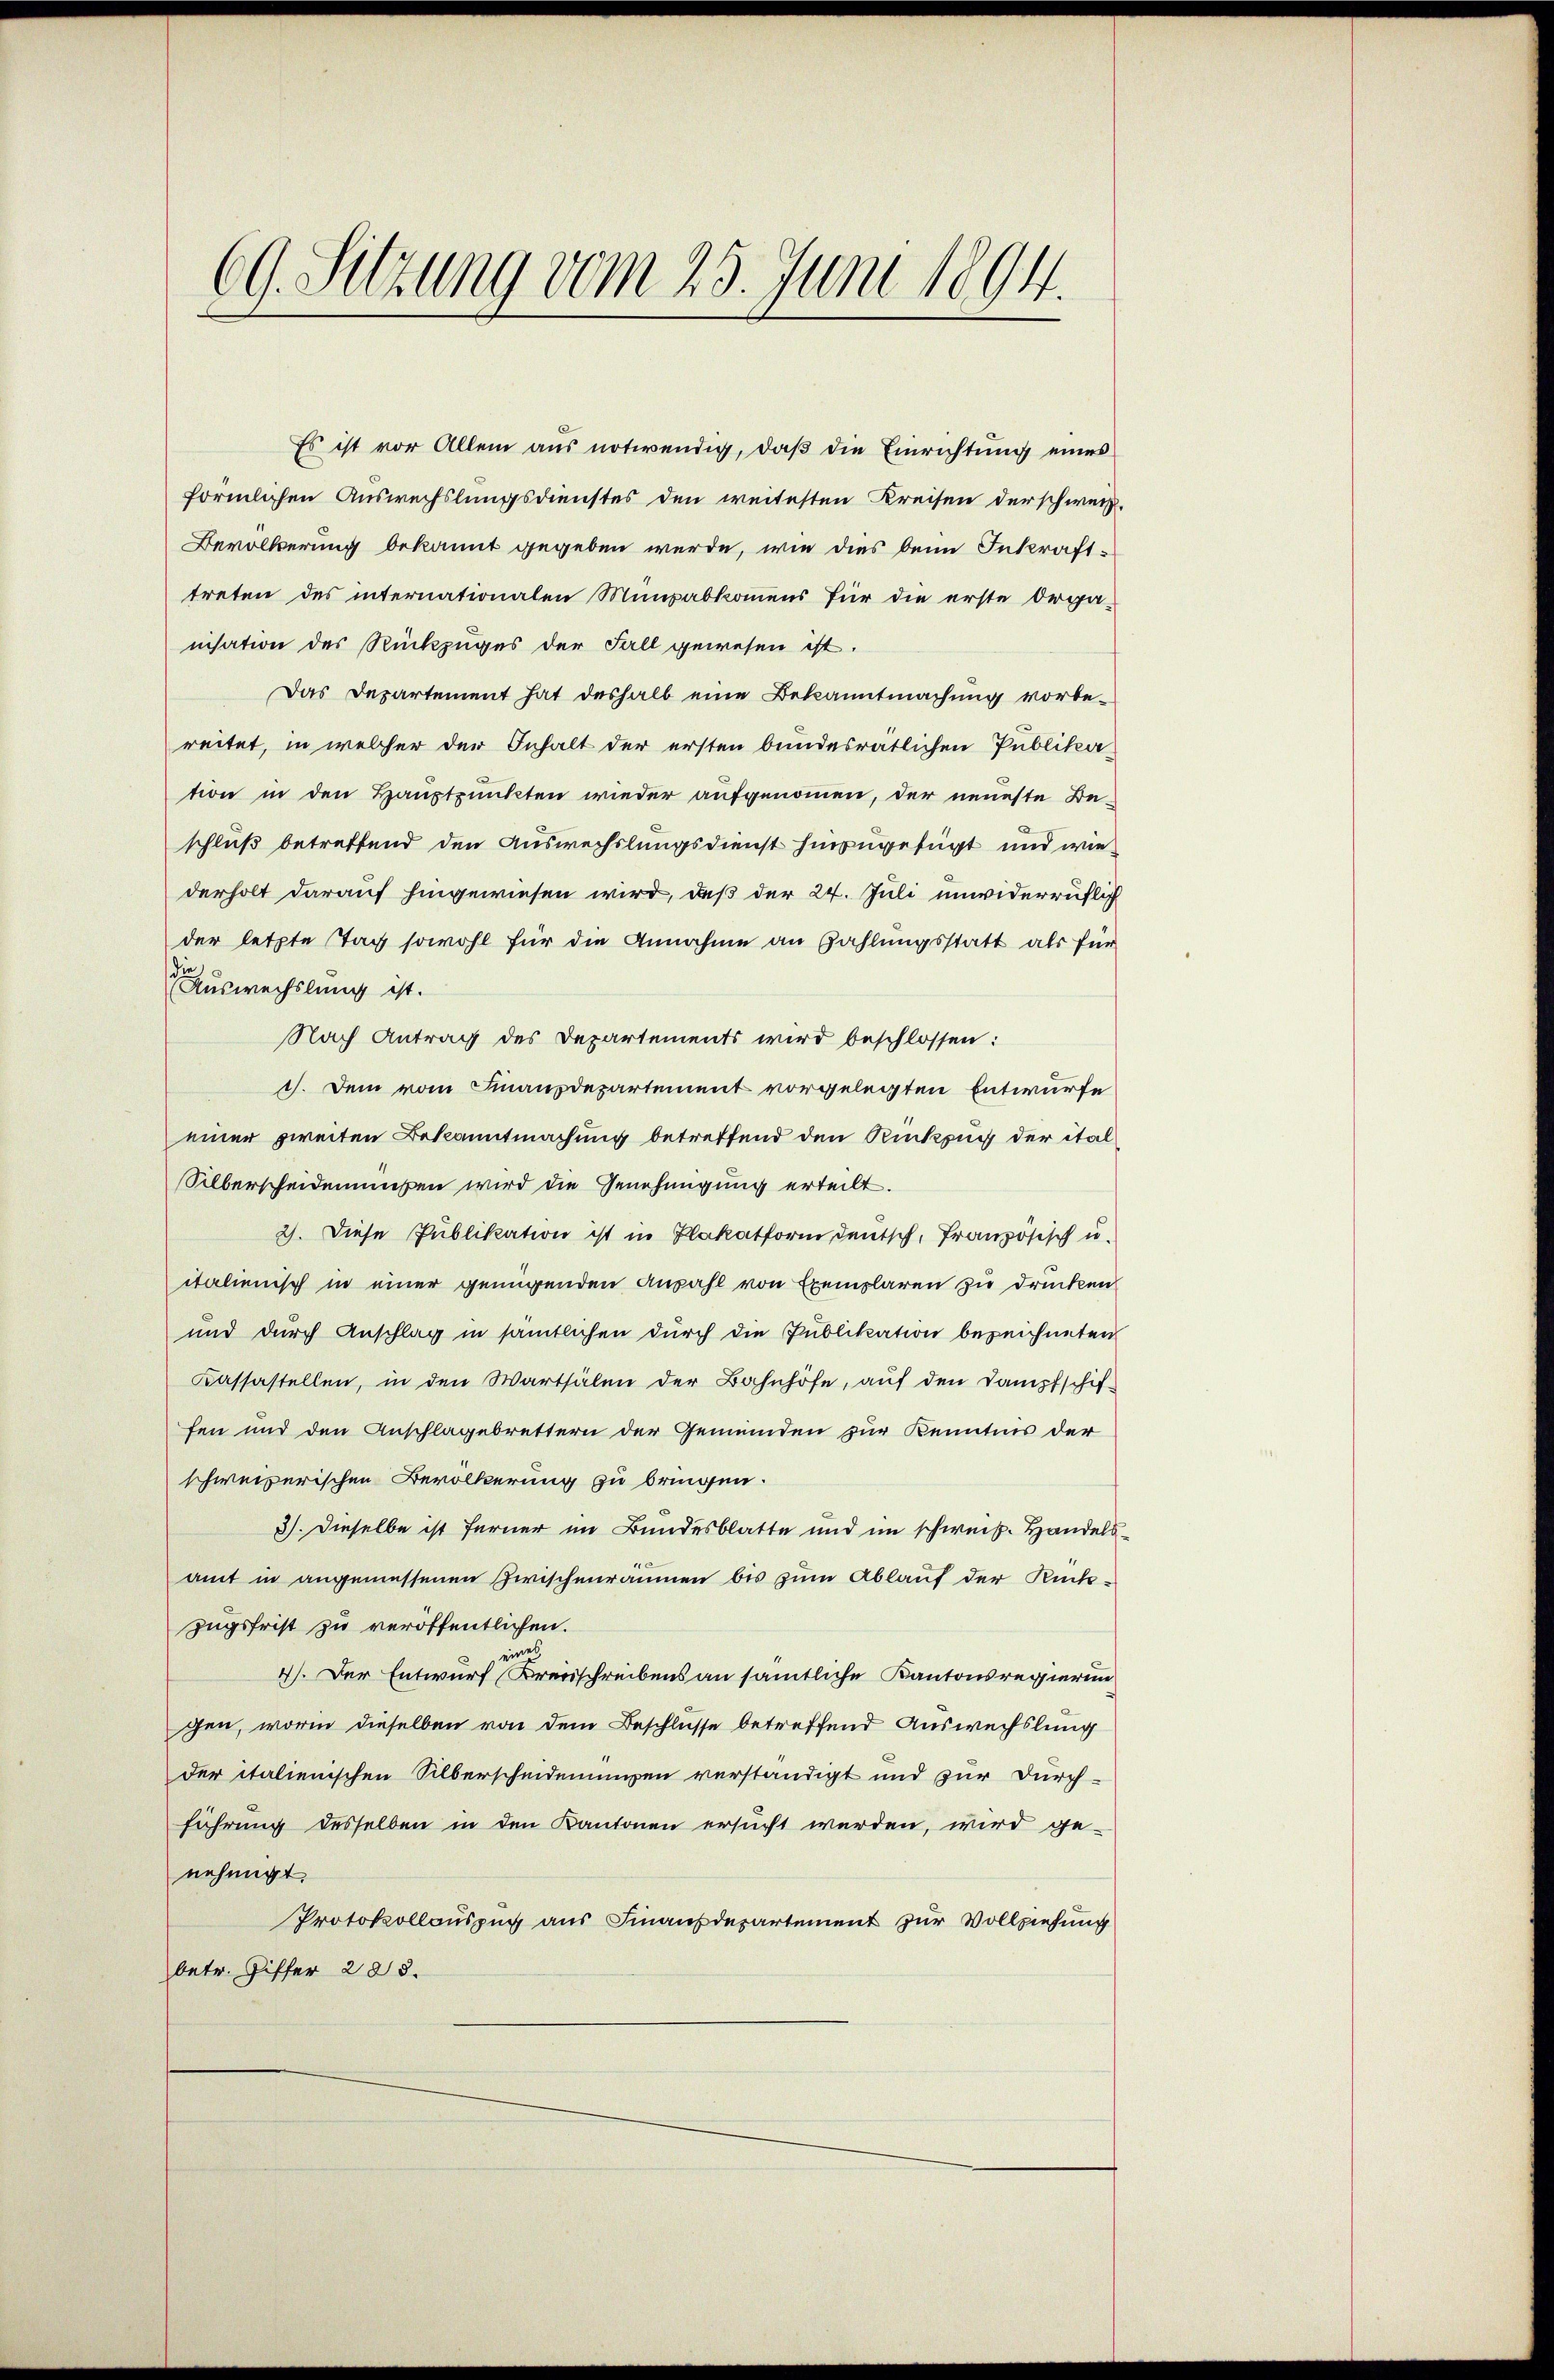
69. Sitzung vom 25. Juni 1894.

Es ist vor Allem aus notwendig, daß die Einrichtung eines
förmlichen Auswechslungsdienstes den weitesten Kreisen der schweiz.
Bevölkerung bekannt gegeben werde, wie dies beim Inkrafttreten des internationalen Mumpabkommens für die erste Orga-
nisation des Rückzuges der Fall gewesen ist.
Das Departement hat deshalb eine Bekanntmachung vorbe-
reitet, in welcher der Inhalt der ersten bundesrätlichen Publika-
tion in den Hauptpunkten wieder aufgenommen, der neueste Beschluß betreffend den Auswechslungsdienst hinzugefügt und wiederholt darauf hingewiesen wird, daß der 24. Juli unwiderruflich
der letzte Tag sowohl für die Annahme an Zahlungsstatt als für
d
Auswechslung ist.
Nach Antrag des Departements wird beschlossen:
1). Dem vom Finanzdepartement vorgelegten Entwurfe
einer zweiten Bekanntmachung betreffend den Rükzug der ital
Silberscheidenmußen wird die Genehmigung erteilt.
2). Diese Publikation ist in Plakatform deutsch, französisch u.
italienisch in einer genügenden Anzahl von Exemplaren zu drücken
und durch Anschlag in sämtlichen durch die Publikation bezeichneten
Kassastellen, in den Wartsälen der Bahnhöfe, auf den Dampfschiffen und den Anschlagebrettern der Gemeinden zur Kenntnis der
schweizerischen Bevölkerung zu bringen.
3). Dieselbe ist ferner im Bundesblatte und im schweiz. Handelsamt in angemessenen Zwischenräumen bis zum Ablauf der Rück-
zugsfrist zu veröffentlichen.
4). Der Entwurf Kreisschreibens an sämtliche Kantonsregierun
gen, worin dieselben von dem Beschlüsse betreffend Auswechslung
der italienischen Silberscheidenungen verständigt und zur Durchführung desselben in den Kantonen ersucht werden, wird ge-
nehmigt.
Protokollauszug aus Finanzdepartement zur Vollziehung
betr. Ziffer 288.